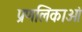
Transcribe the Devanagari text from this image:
प्रणलिकाओं